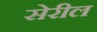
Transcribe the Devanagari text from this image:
सेरील